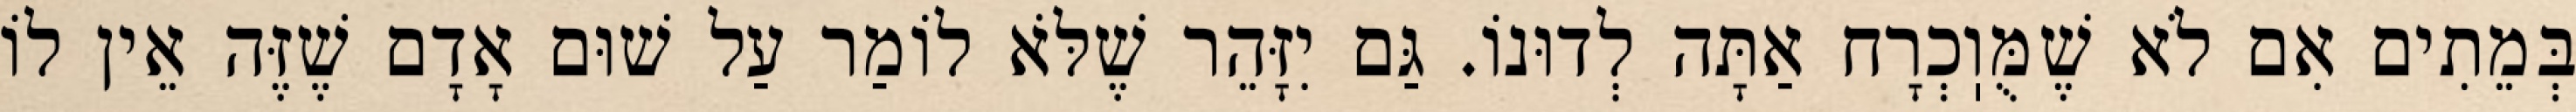
בְּמֵתִים אִם לֹא שֶׁמֻּוֽכְרָח אַתָּה לְדוּנוֹ. גַּם יִזָּהֵר שֶׁלֹּא לוֹמַר עַל שׁוּם אָדָם שֶׁזֶּה אֵין לוֹ